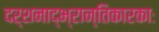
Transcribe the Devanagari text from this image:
दर्शनाद्भ्रान्तिकारकाः